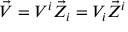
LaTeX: { \vec { V } } = V ^ { i } { \vec { Z } } _ { i } = V _ { i } { \vec { Z } } ^ { i }